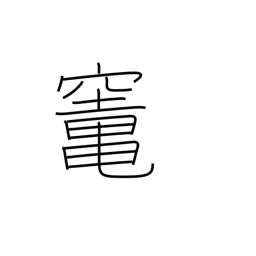
Meaning: oven